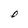
Character: D